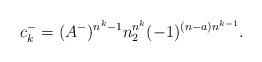
LaTeX: \begin{align*} c_k^- = (A^-)^{n^k -1}n_{2}^{n^k}(-1)^{(n-a)n^{k-1}}.\end{align*}